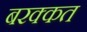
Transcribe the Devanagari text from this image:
बरक्कत